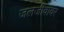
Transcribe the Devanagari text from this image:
जलजीवावर